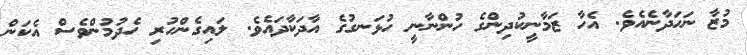
މުޒާ ނަހަދާނެއެވެ. އެހާ ޒަމާނީކުދިންގެ ހުންނާނީ ހުޅަނގުގެ އާދަކާދައެވެ. ލައިގެންހުރި ހެދުމުންވެސް އެކަން